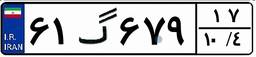
۷۹گ۷۰۶۴۹